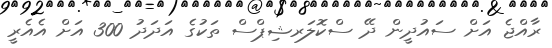
ރާއްޖެ އަށް ސައުދީން ދޭ ސްކޮލަރޝިޕްސް ތަކުގެ އަދަދު 300 އަށް އެއެރީ